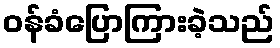
ဝန်ခံပြောကြားခဲ့သည်